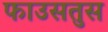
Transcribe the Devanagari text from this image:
फाउसतुस